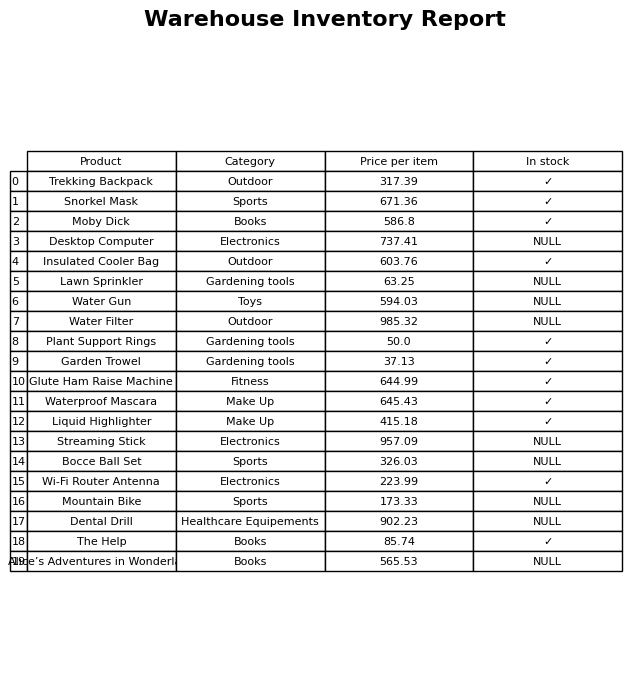
question: What is the price of the Wi-Fi Router Antenna?
answer: The price of Wi-Fi Router Antenna is 223.99.